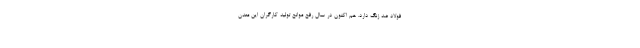
فولاد ضد زنگ دارد. هم اکنون در سال رفع موانع تولید کارگران این معدن